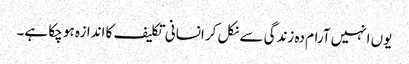
یوں انہیں آرام دہ زندگی سے نکل کر انسانی تکلیف کا اندازہ ہو چکا ہے۔